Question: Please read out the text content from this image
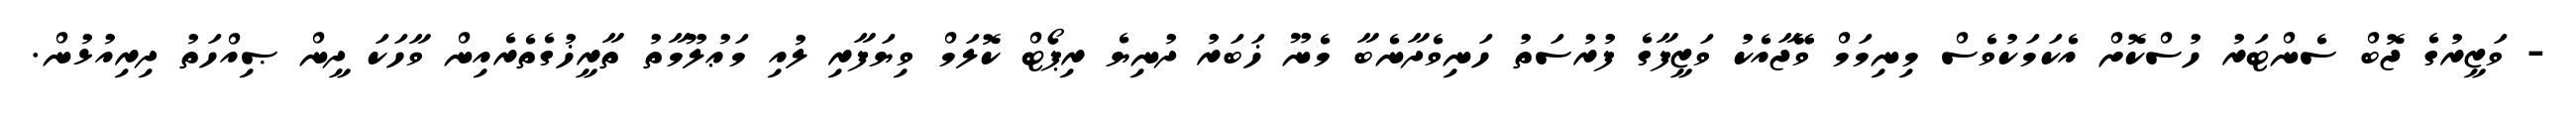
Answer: - ވަޒީރުގެ ޖޮބް ސެންޓަރު ހުސްކޮށް އެކަމަކުވެސް މިނިމަމް ވޭޭޖާއެކު ވަޒީފާގެ ފުރުސަތު ހަނިވެދާނެބާ މެނޫ ޚަބަރު ދުނިޔެ ރިޕޯޓް ކޮލަމް ވިޔަފާރި ލުއި މަޢުލޫމާތު ތާރީޚުގެތެރެއިން ވާހަކަ ދީން ޞިއްހަތު ދިރިއުޅުން.